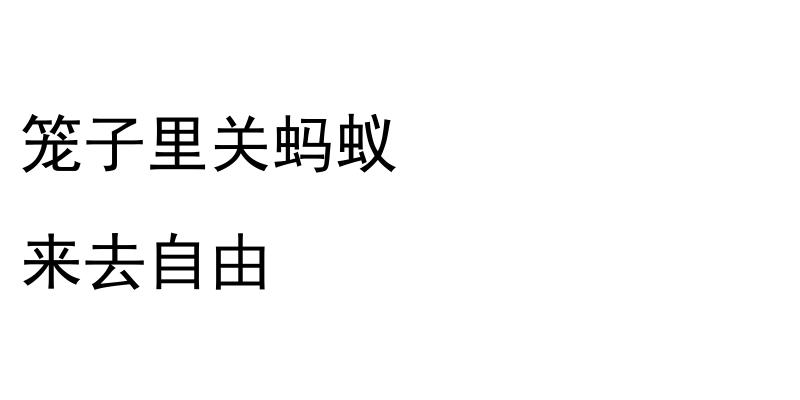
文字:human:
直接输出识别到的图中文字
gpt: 笼子里关蚂蚁 来去自由